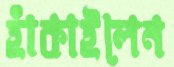
হাঁকাইলেন